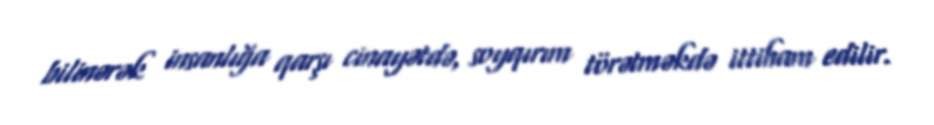
bilinərək insanlığa qarşı cinayətdə, soyqırım törətməkdə ittiham edilir.